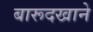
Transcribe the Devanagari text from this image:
बारूदखाने